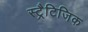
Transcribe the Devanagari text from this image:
स्ट्रैटिजिक